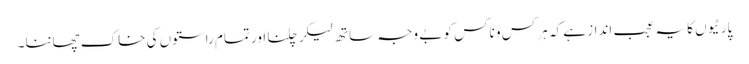
پارٹیوں کا یہ عجب انداز ہے کہ ہر کس و ناکس کو بے وجہ ساتھ لیکر چلنا اور تمام راستوں کی خاک چھاننا۔